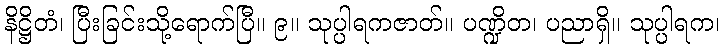
နိဋ္ဌိတံ၊ ပြီးခြင်းသို့ရောက်ပြီ။ ၉။ သုပ္ပါရကဇာတ်။ ပဏ္ဍိတ၊ ပညာရှိ။ သုပ္ပါရက၊